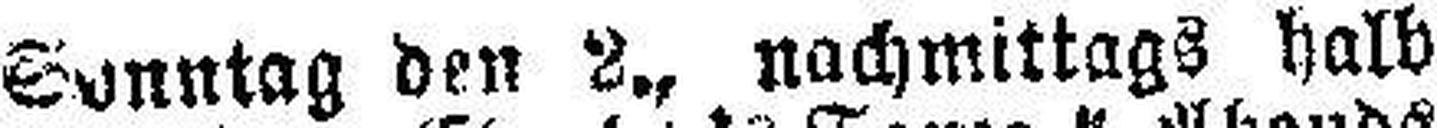
Sonntag den 2. nachmittags halb